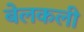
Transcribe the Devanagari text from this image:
बेलकली